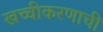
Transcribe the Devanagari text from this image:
खच्चीकरणाची